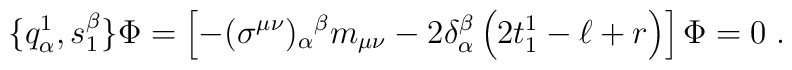
\{q^1_\alpha, s^\beta_1\}\Phi = \left[-(\sigma^{\mu\nu})_\alpha{}^\beta m_{\mu\nu} - 2\delta^\beta_\alpha\left(2t^1_1 -\ell +r \right)\right]\Phi = 0\;.